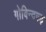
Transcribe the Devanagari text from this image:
गोबिन्दगढ़